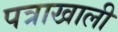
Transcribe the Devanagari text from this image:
पत्राखाली